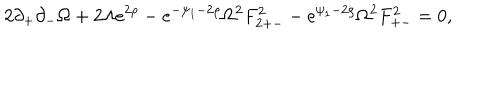
2 \partial _ { + } \partial _ { - } \Omega + 2 \Lambda e ^ { 2 \rho } - e ^ { - \psi _ { 1 } - 2 \rho } \Omega ^ { 2 } F _ { 2 + - } ^ { 2 } - e ^ { \psi _ { 1 } - 2 \rho } \Omega ^ { 2 } F _ { + - } ^ { 2 } = 0 ,